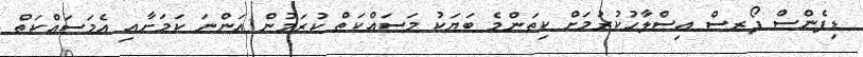
ޑިފެންސް ފޯރސް އިސްލާހުކުރުމަށް ކިތަންމެ ބަޔަކު މަސައްކަތް ކުރަމުން އަންނަ ކަމަށާއި އެމަސައްކަތް